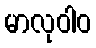
မာလုဝါဝ